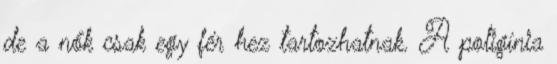
de a nők csak egy férﬁhez tartozhatnak. A poligínia